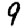
Digit: 9